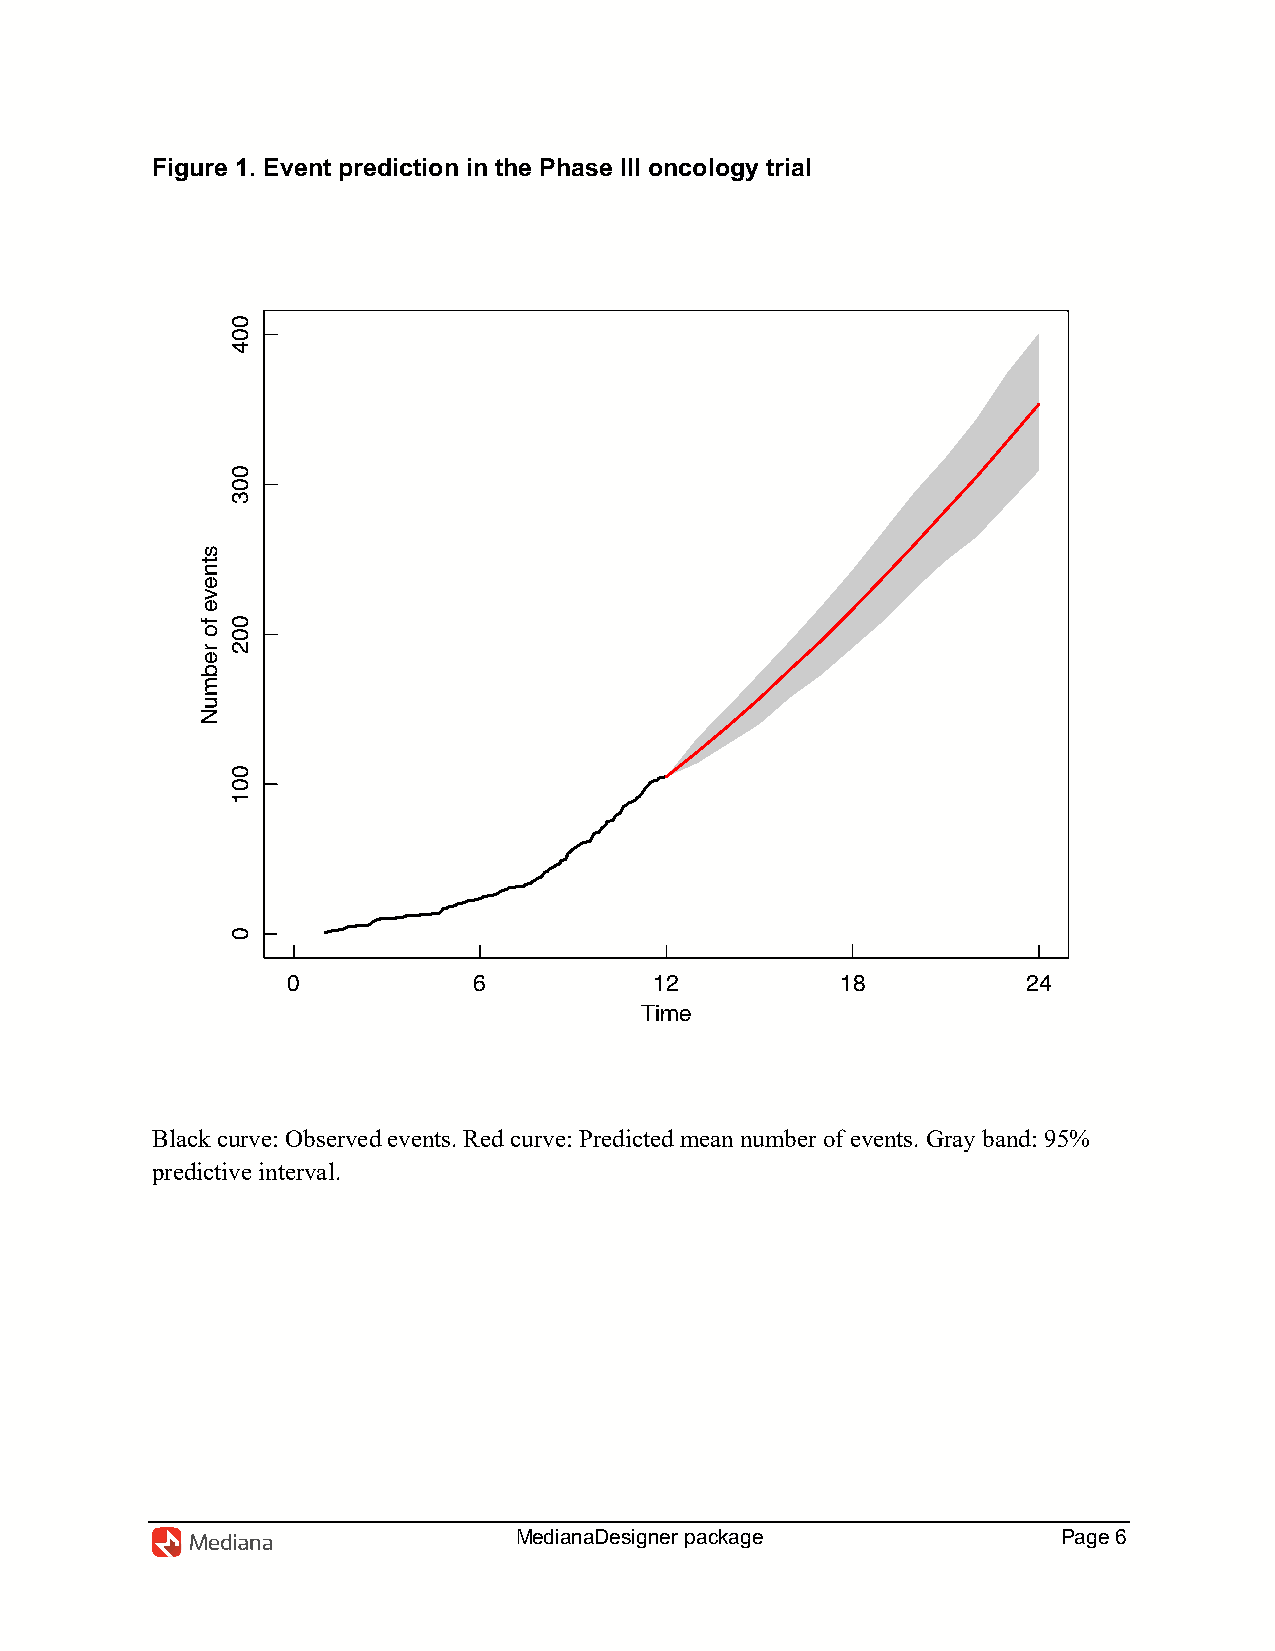
Figure 1. Event prediction in the Phase III oncology trial
 0           6           12           18          24
 Time
 Black curve: Observed events. Red curve: Predicted mean number of events. Gray band: 95%
 predictive interval.
 MedianaDesigner package             Page 6
 stneve
 fo
 rebmuN
 004
 003
 002
 001
 0